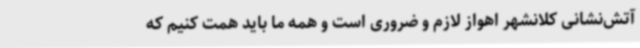
آتش‌نشانی کلانشهر اهواز لازم و ضروری است و همه ما باید همت کنیم که